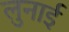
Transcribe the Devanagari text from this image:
लुनाई